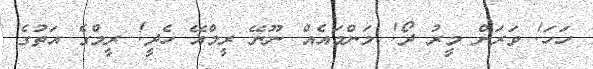
ހަހަ! ވަރަށް މީރު ދޯ! މަންމައެއް ނޫނޭ ރީމްއޭ ހެދީ! ރީމްގެ އަތުގެ